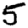
Digit: 5